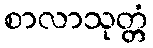
စာလာသုတ္တံ